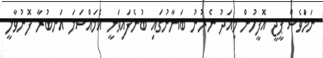
ނަމަވެސް ޕީޖީ އޮފީހުން މިއަދު ނެރުނު ބަޔާނުގައި ބުނެފައިވަނީ އެމައްސަލަ އަނބުރާ ފޮނުވާލީ